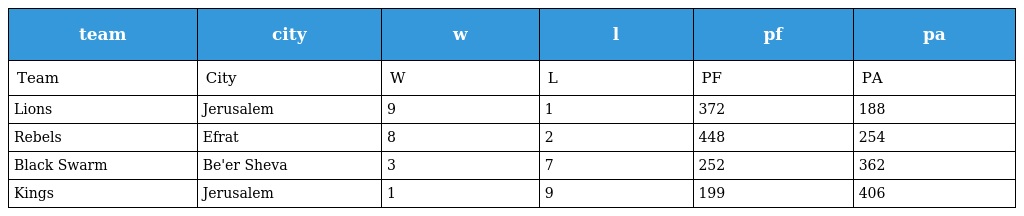
| team | city | w | l | pf | pa |
 | --- | --- | --- | --- | --- | --- |
 | Team | City | W | L | PF | PA |
 | Lions | Jerusalem | 9 | 1 | 372 | 188 |
 | Rebels | Efrat | 8 | 2 | 448 | 254 |
 | Black Swarm | Be'er Sheva | 3 | 7 | 252 | 362 |
 | Kings | Jerusalem | 1 | 9 | 199 | 406 |